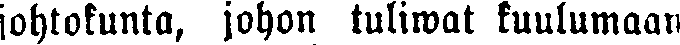
johtokunta, johon tuliwat kuulumaan